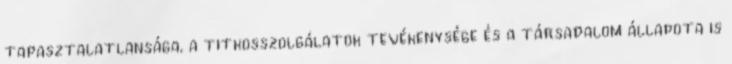
tapasztalatlansága, a titkosszolgálatok tevékenysége és a társadalom állapota is